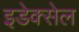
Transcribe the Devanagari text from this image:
इडेक्सेल